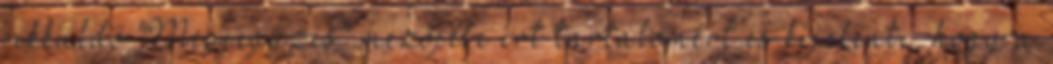
cikküldő "Megjegyzés" mezőjébe írt tartalomért és kijelenti, hogy a